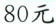
80元